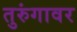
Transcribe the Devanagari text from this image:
तुरुंगावर